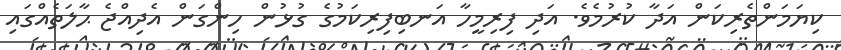
ކިޔަމަންތެރިކަން އަދާ ކުރުމެވެ. އަދި ފިރިމީހާ އަނބިފިރިކަމުގެ ގުޅުން ހިންގަން އެދިއްޖެ ޙާލަތެއްގައި